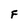
Character: F